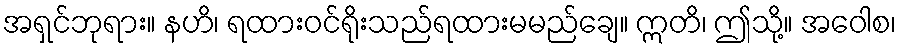
အရှင်ဘုရား။ နဟိ၊ ရထားဝင်ရိုးသည်ရထားမမည်ချေ။ ဣတိ၊ ဤသို့။ အဝေါစ၊